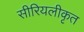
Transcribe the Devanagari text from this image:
सीरियलीकृत